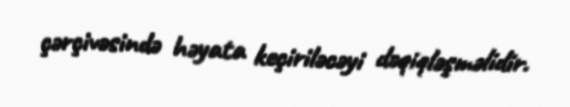
çərçivəsində həyata keçiriləcəyi dəqiqləşməlidir.